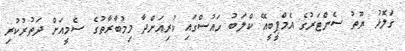
ގަލޮޅު ޔޫތު ސެންޓަރުގެ އެމްޕީބީއޭ ކްލަބު ހައުސްގައި ކުރިއަށްދާ މިމުބާރާތުގެ ސެމީއަށް ދަތުރުކުރި